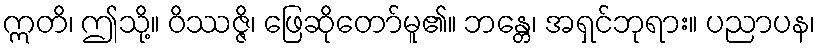
ဣတိ၊ ဤသို့။ ဝိဿဇ္ဇိ၊ ဖြေဆိုတော်မူ၏။ ဘန္တေ၊ အရှင်ဘုရား။ ပညာပန၊